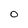
Character: 0